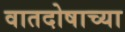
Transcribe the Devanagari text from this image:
वातदोषाच्या